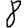
Digit: 8